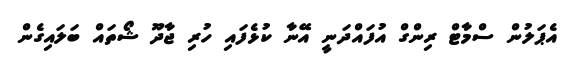
އެޕަލުން ސްމާޓް ރިންގް އުފައްދަނީ އޭނާ ކުޅެފައި ހުރި ޖާދޫ ޝޯތައް ބަލައިގެން